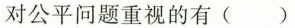
对公平问题重视的有 ()